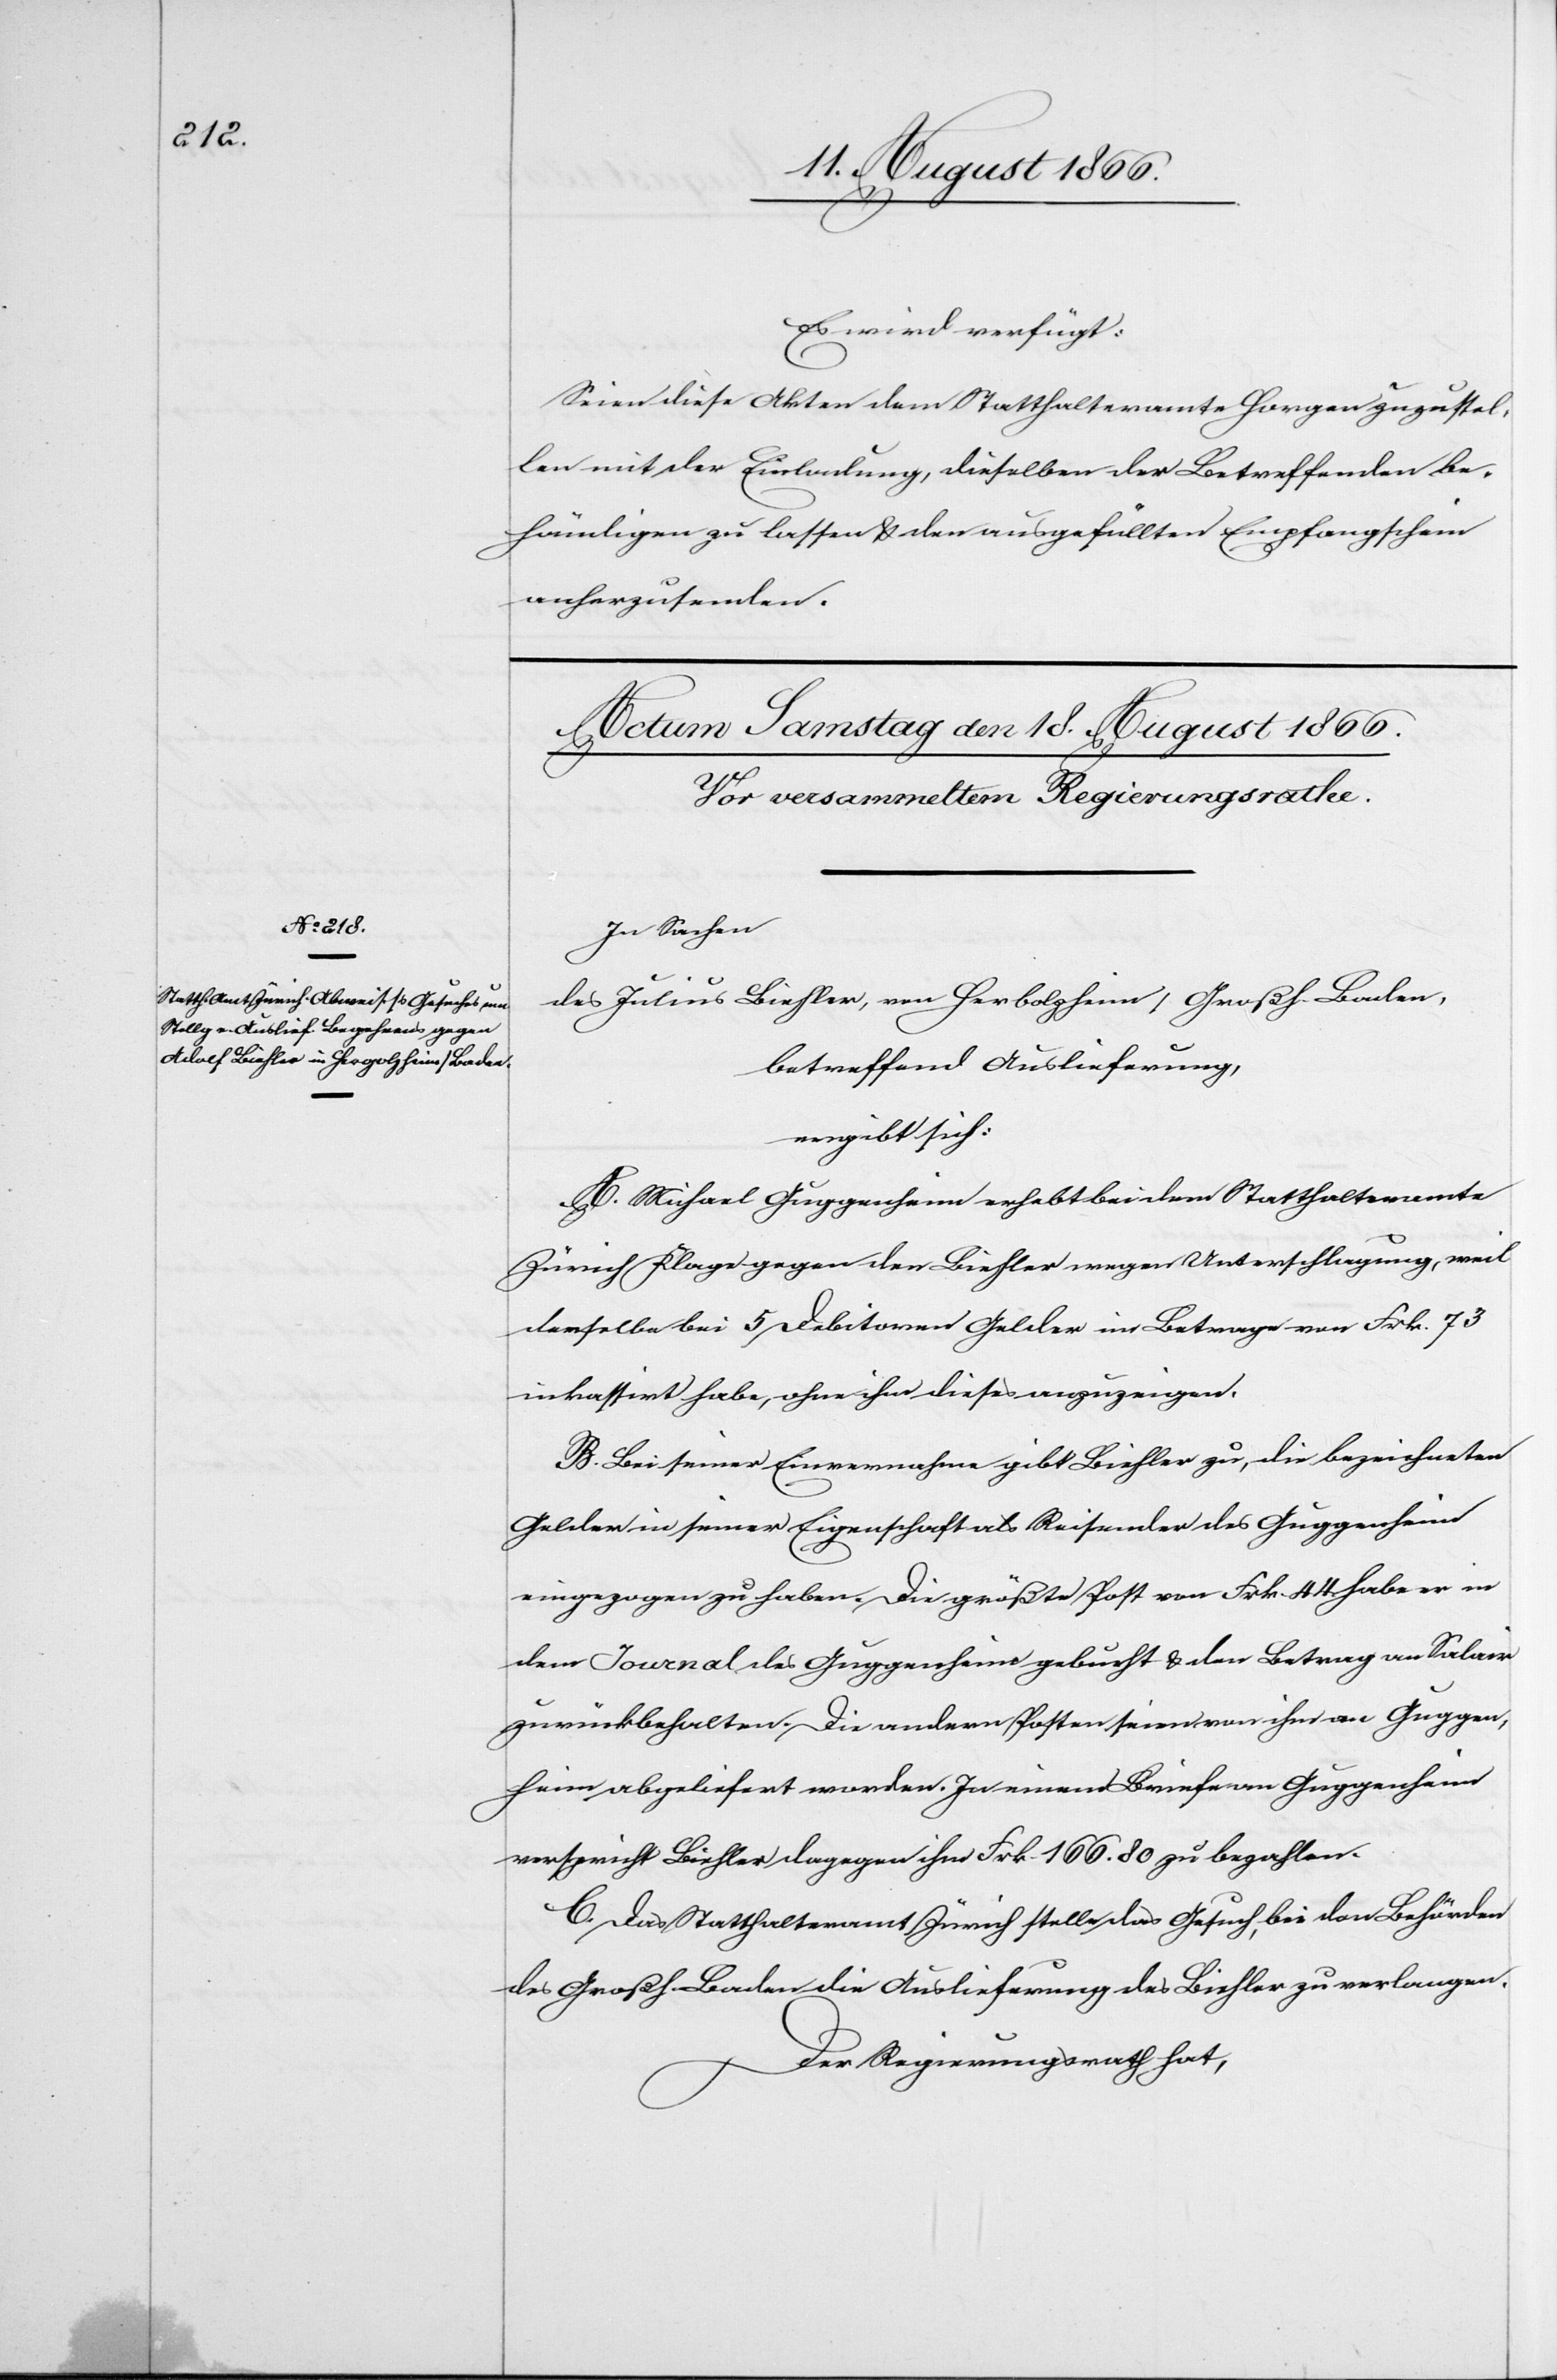
Es wird verfügt:
Seien diese Akten dem Statthalteramte Horgen zugestel¬
lt mit der Einladung, dieselben der Betreffenden be¬
händigen zu lassen u. den ausgefüllten Empfangschein
anherzusenden.
In Sachen
des Julius Biehler [sic!], von Herbolzheim, Großh. Baden,
betreffend Auslieferung,
ergibt sich:
A. Michael Guggenheim erhebt bei dem Statthalteramte
Zürich Klage gegen den Biehler wegen Unterlaschlagung, weil
derselbe bei 5 Debitoren Gelder im Betrage von Frk. 73
inkassirt habe, ohne ihm dieses anzuzeigen.
B. Bei seiner Einvernahme gibt Biehler zu, die bezeichneten
Gelder in seiner Eigenschaft als Reisender des Guggenheim
eingezogen zu haben. Die größte Post von Frk. 44 habe er in
dem Journal des Guggenheim gebucht u. den Betrag an Salair
zurückbehalten. Die andern Posten seien von ihm an Guggen¬
heim abgeliefert worden. In einem Briefe an Guggenheim
verspricht Biehler dagegen ihm Frk. 166.80 zu bezahlen.
C. Das Statthalteramt Zürich stellt das Gesuch, bei den Behörden
des Großh. Baden die Auslieferung des Biehler zu verlangen.
Der Regierungsrath hat,